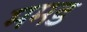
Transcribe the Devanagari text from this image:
ममड